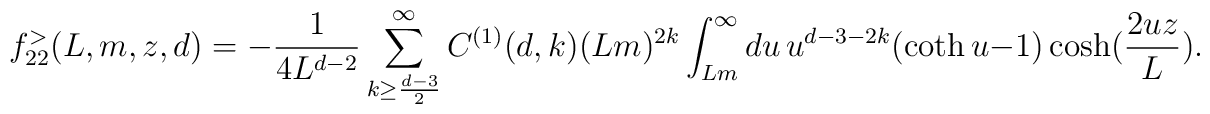
f_{22}^{>}(L,m,z, d)=-\frac{1}{4L^{d-2}}\sum_{k\geq \frac{d-3}{2}}^{\infty}C^{(1)}(d,k)(Lm)^{2k}\int_{Lm}^{\infty} du\, u^{d-3-2k}(\coth u -1)\cosh(\frac{2uz}{L}).